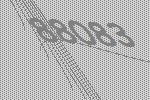
88083